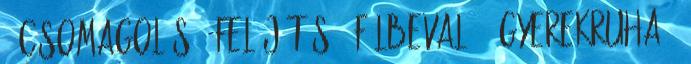
1 csomagolás 1 felújítás 1 fülbevaló 1 gyerekruha 1